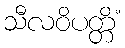
သီလဝိပတ္တိံ